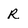
Character: r